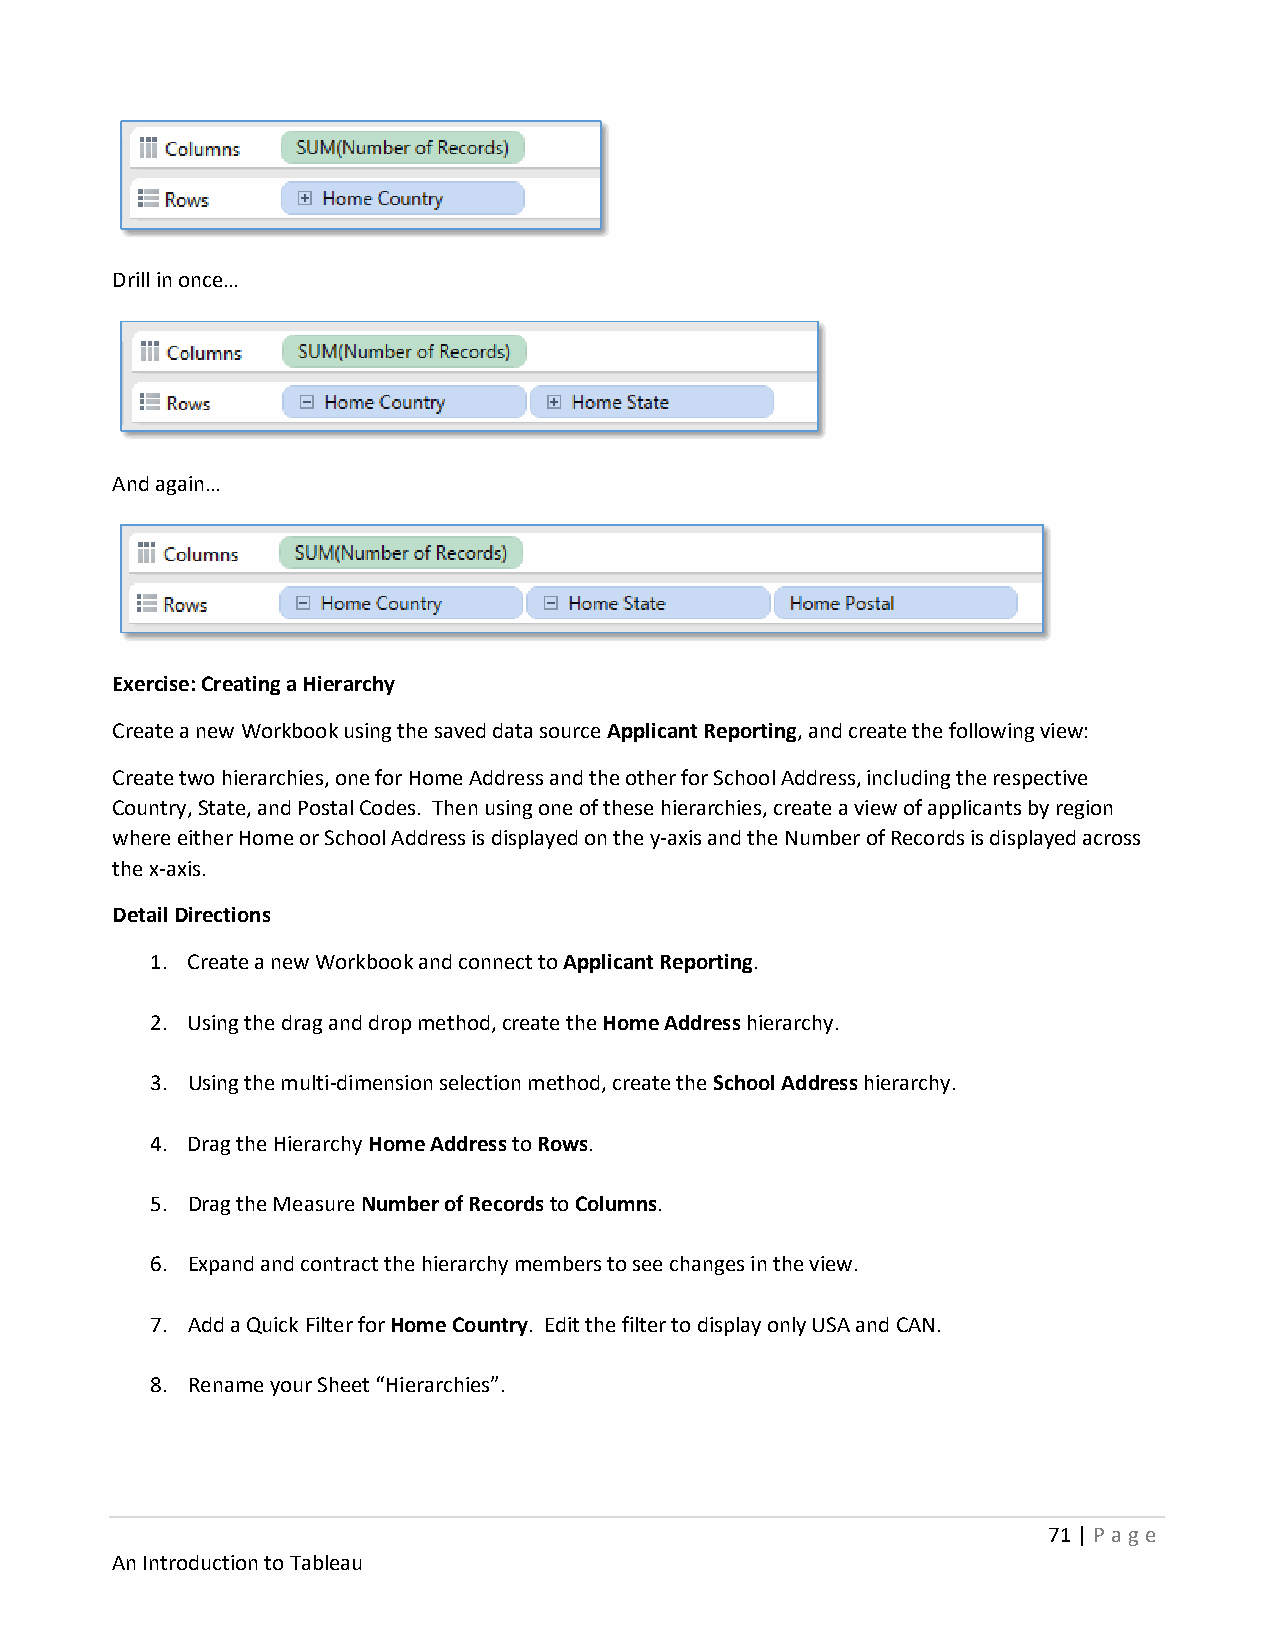
Drill in once…
 And again…
 Exercise: Creating a Hierarchy
 Create a new Workbook using the saved data source Applicant Reporting, and create the following view:
 Create two hierarchies, one for Home Address and the other for School Address, including the respective
 Country, State, and Postal Codes. Then using one of these hierarchies, create a view of applicants by region
 where either Home or School Address is displayed on the y-axis and the Number of Records is displayed across
 the x-axis.
 Detail Directions
 1. Create a new Workbook and connect to Applicant Reporting.
 2. Using the drag and drop method, create the Home Address hierarchy.
 3. Using the multi-dimension selection method, create the School Address hierarchy.
 4. Drag the Hierarchy Home Address to Rows.
 5. Drag the Measure Number of Records to Columns.
 6. Expand and contract the hierarchy members to see changes in the view.
 7. Add a Quick Filter for Home Country. Edit the filter to display only USA and CAN.
 8. Rename your Sheet “Hierarchies”.
 71 | P age
 An Introduction to Tableau